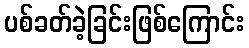
ပစ်ခတ်ခဲ့ခြင်းဖြစ်ကြောင်း